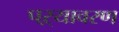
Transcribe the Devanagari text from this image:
पऱ्यावरण